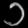
Digit: ၁